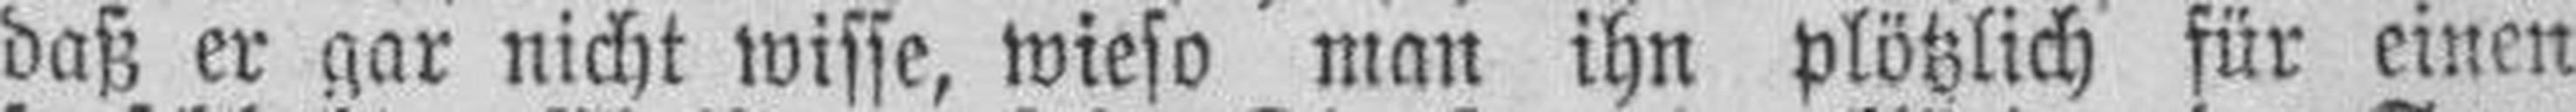
daß er gar nicht wisse, wieso man ihn plötzlich für einen